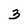
Character: 3